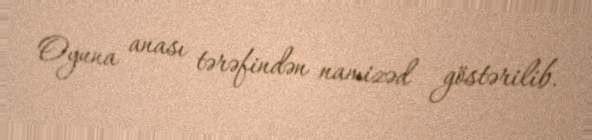
Oyuna anası tərəfindən namizəd göstərilib.